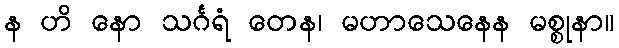
န ဟိ နော သင်္ဂရံ တေန၊ မဟာသေနေန မစ္စုနာ။